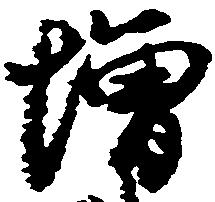
増